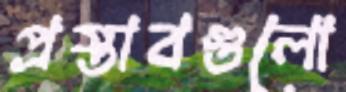
প্রস্তাবগুলো